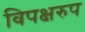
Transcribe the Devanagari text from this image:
विपक्षरुप